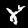
Digit: 8